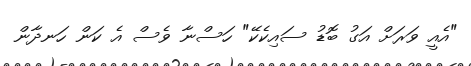
"އެއީ ވަރަށް އަގު ބޮޑު ސައިކެކޭ" ހަސްނާ ވެސް އެ ކަން ހަނދާން